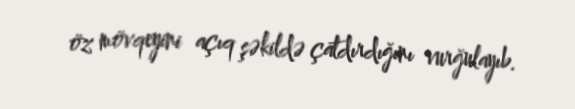
öz mövqeyini açıq şəkildə çatdırdığını vurğulayıb.